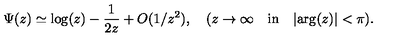
\Psi ( z ) \simeq \mathrm { l o g } ( z ) - \frac { 1 } { 2 z } + O ( 1 / z ^ { 2 } ) , \quad ( z \rightarrow \infty \quad \mathrm { i n } \quad \vert \mathrm { a r g } ( z ) \vert < \pi ) .